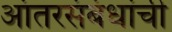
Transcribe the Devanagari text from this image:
आंतरसंबंधांची